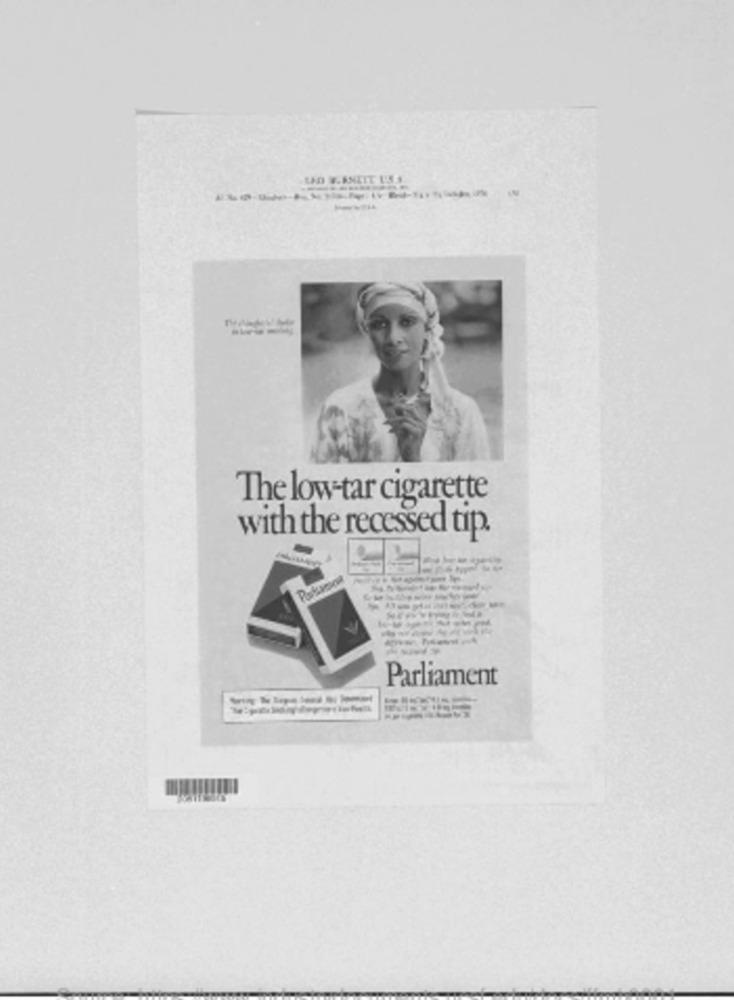
The low-tar cigarette
with the recessed tip.
Parliament
-----